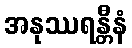
အနုဿရန္တီနံ